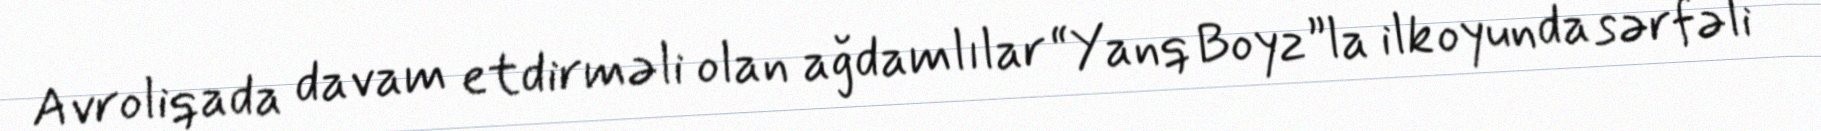
Avroliqada davam etdirməli olan ağdamlılar “Yanq Boyz”la ilk oyunda sərfəli